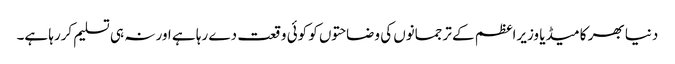
دنیا بھر کا میڈیا وزیراعظم کے ترجمانوں کی وضاحتوں کو کوئی وقعت دے رہا ہے اور نہ ہی تسلیم کررہا ہے۔